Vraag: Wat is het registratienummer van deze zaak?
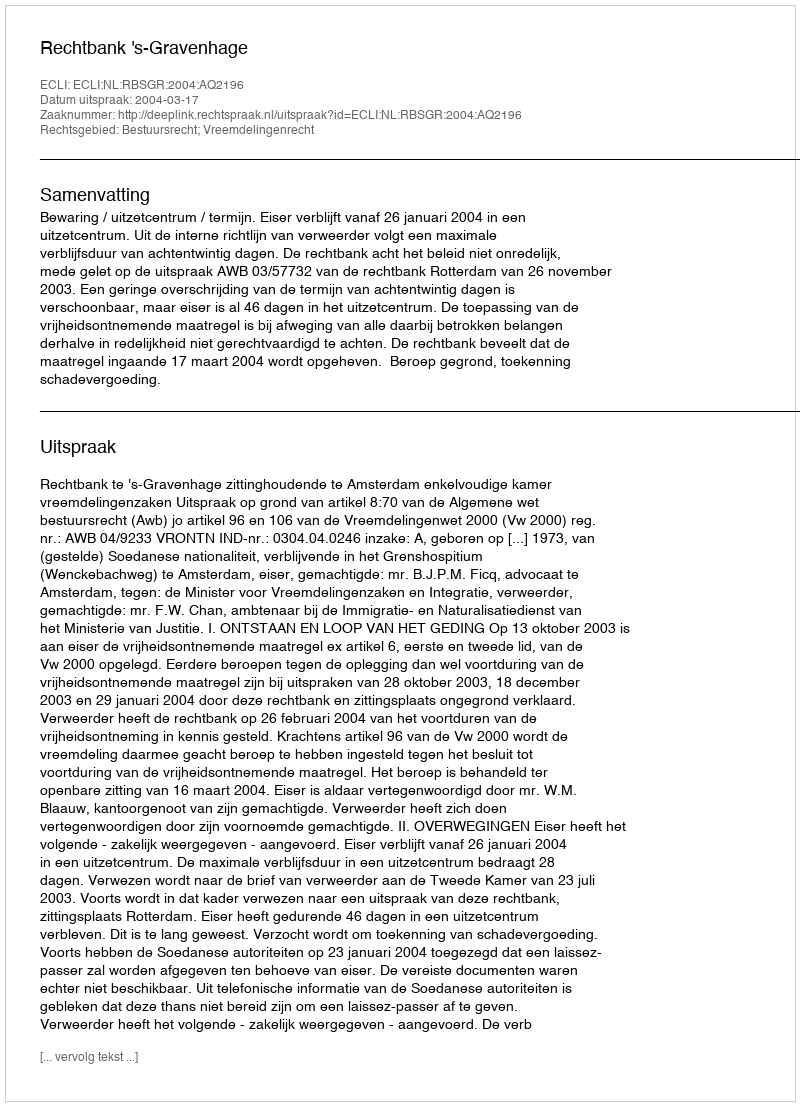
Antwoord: http://deeplink.rechtspraak.nl/uitspraak?id=ECLI:NL:RBSGR:2004:AQ2196